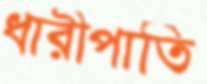
ধারীপাতি